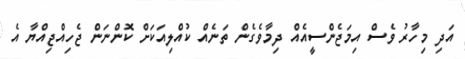
އަދި މިހާރު ވެސް އިމަޖެންސީއެއް ދިމާވެގެން ތަނެއް ކުއްލިއަކަށް ކޮންނަން ޖެހިއްޖިއްޔާ އެ